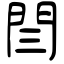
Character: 閆